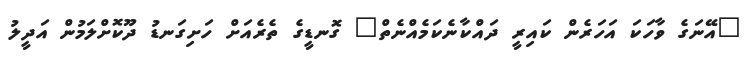
"އޭނަގެ ވާހަކަ އަހަރެން ކައިރީ ދައްކާނެކަމެއްނެތް" ގޮނޑީގެ ތެރެއަށް ހަށިގަނޑު ދޫކޮށްލަމުން އަދީލު